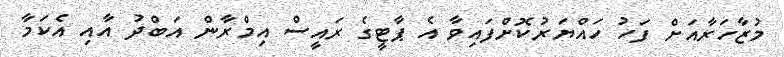
މުޒާހަރާއަށް ފަހު ހައްޔަރުކޮށްފައިވާ އެ ޕާޓީގެ ރައީސް އިމްރާން އަބްދު އާއި އެކަމާ